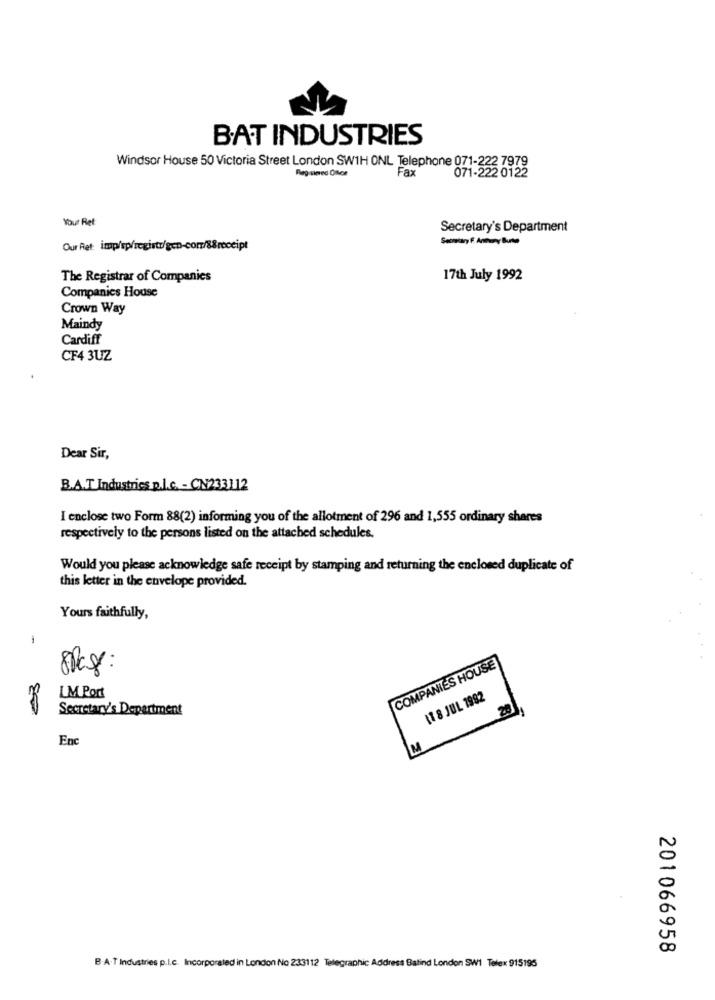
BAT INDUSTRIES
Windsor House 50 Victoria Street London SW1H ONL Telephone 071-222 7979
Fax
071-222 0122
Your Ret:
Secretary's Department
Our Ret: imp/ip/registo/gen-com/88receipt
The Registrar of Companies
17th July 1992
Companies House
Crown Way
Maindy
Cardiff
CF4 3UZ
Dear Sir,
B.A.T Industries p.c. - CN233112
I enclose two Form 88(2) informing you of the allotment of 296 and 1,555 ordinary shares
respectively to the persons listed on the attached schedules.
Would you please acknowledge safe receipt by stamping and returning the enclosed duplicate of
this letter in the envelope provided.
Yours faithfully,
COMPANIES HOUSE
LM Port
11 8 JUL 1992
Secretary's Department
Enc
M
201066958
B.A.T Industries p.L.c. Incorporated in London No 233112 Telegraphic Address Balind London SW1 Telex 915195